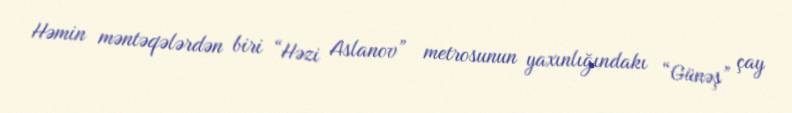
Həmin məntəqələrdən biri “Həzi Aslanov” metrosunun yaxınlığındakı “Günəş” çay